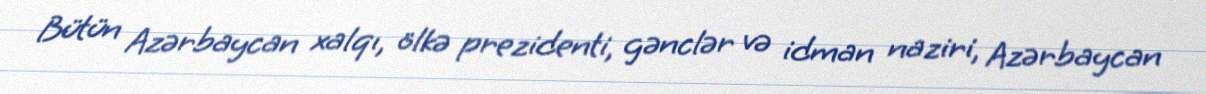
Bütün Azərbaycan xalqı, ölkə prezidenti, gənclər və idman naziri, Azərbaycan